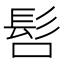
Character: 𲌚